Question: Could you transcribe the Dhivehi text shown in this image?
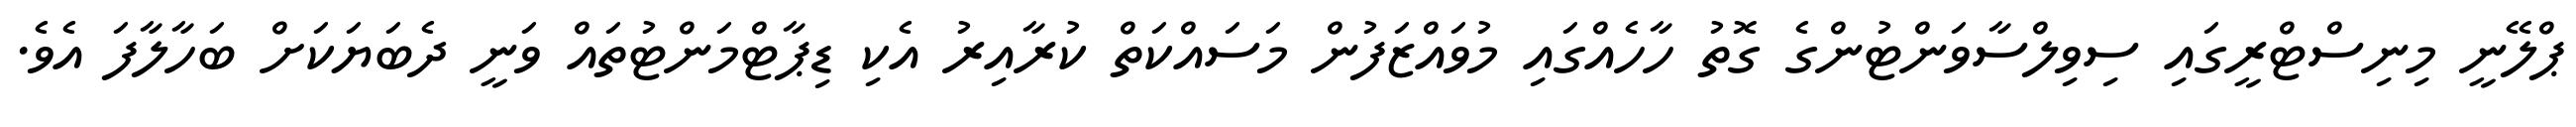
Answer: ޕްލޭނީ މިނިސްޓްރީގައި ސިވިލްސާވަންޓުންގެ ގޮތު ހާހެއްގައި މުވައްޒަފުން މަސައްކަތް ކުރާއިރު އެކި ޑިޕާޓްމަންޓުތައް ވަނީ ދެބަޔަކަށް ބަހާލާފަ އެވެ.